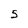
Character: 5